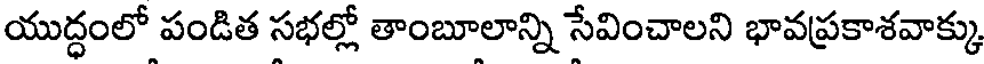
యుద్ధంలో పండిత సభల్లో తాంబూలాన్ని సేవించాలని భావప్రకాశవాక్కు